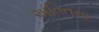
અતિતના